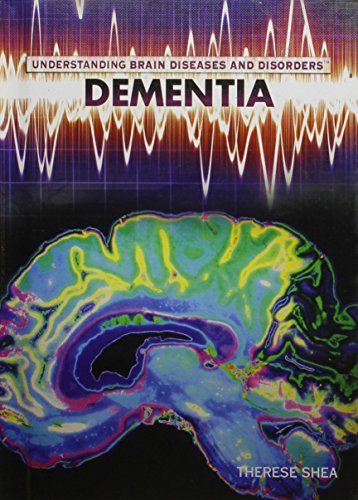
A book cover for Dementia (Understanding Brain Diseases and Disorders); Therese M. Shea; Teen & Young Adult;